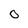
Character: O